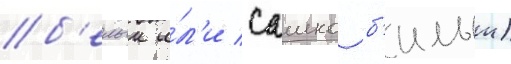
б'елыи и́л'и сашко б'илыи)